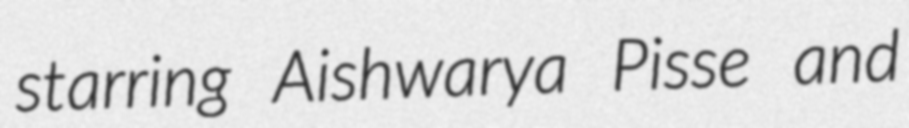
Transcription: starring Aishwarya Pisse and